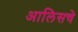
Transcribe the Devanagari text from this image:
आलिसचे